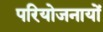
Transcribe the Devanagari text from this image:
परियोजनायों